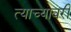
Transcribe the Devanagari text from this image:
त्याच्यावरी